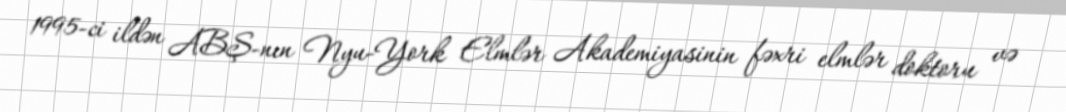
1995-ci ildən ABŞ-nın Nyu-York Elmlər Akademiyasinin fəxri elmlər doktoru və